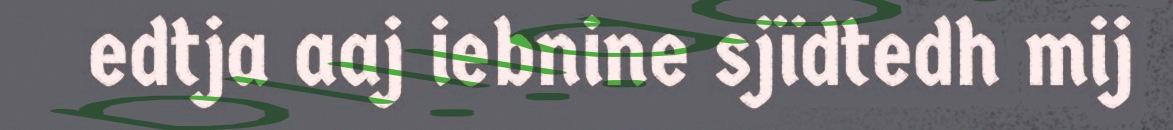
edtja aaj iebnine sjïdtedh mij